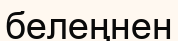
белеңнен